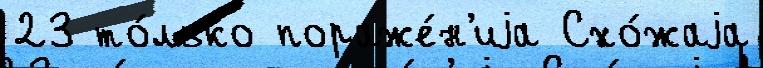
23 то́лько пораже́н'иjа Схо́жаjа